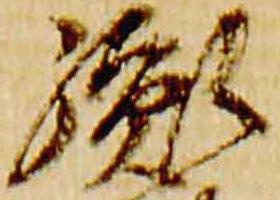
胤